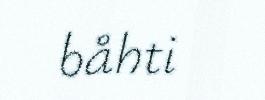
båhti